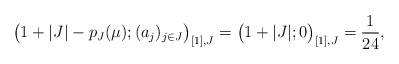
\begin{align*}\big(1+|J|-p_J(\mu);(a_j)_{j\in J}\big)_{[1],J}=\big(1+|J|;0\big)_{[1],J}=\frac{1}{24},\end{align*}